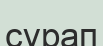
сүрап